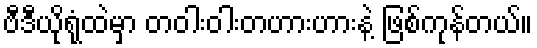
ဗီဒီယိုရုံထဲမှာ တဝါးဝါးတဟားဟားနဲ့ ဖြစ်ကုန်တယ်။